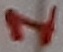
Text: 1